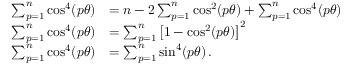
\begin{array} { r l } { \sum _ { p = 1 } ^ { n } \cos ^ { 4 } ( p \theta ) } & { = n - 2 \sum _ { p = 1 } ^ { n } \cos ^ { 2 } ( p \theta ) + \sum _ { p = 1 } ^ { n } \cos ^ { 4 } ( p \theta ) \, } \\ { \sum _ { p = 1 } ^ { n } \cos ^ { 4 } ( p \theta ) } & { = \sum _ { p = 1 } ^ { n } \left[ 1 - \cos ^ { 2 } ( p \theta ) \right] ^ { 2 } \, } \\ { \sum _ { p = 1 } ^ { n } \cos ^ { 4 } ( p \theta ) } & { = \sum _ { p = 1 } ^ { n } \sin ^ { 4 } ( p \theta ) \, . } \end{array}